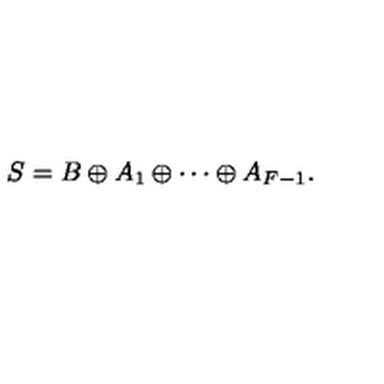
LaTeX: S = B \oplus A _ { 1 } \oplus \cdots \oplus A _ { F - 1 } .